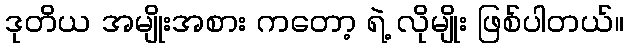
ဒုတိယ အမျိုးအစား ကတော့ ရဲ့ လိုမျိုး ဖြစ်ပါတယ်။